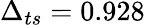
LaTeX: \Delta_{ts}=0.928